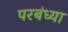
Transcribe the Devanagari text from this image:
परबंध्या